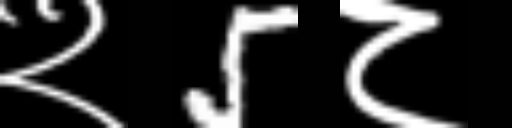
Text: २5८